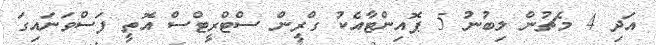
އަދި 4 މެޗުން ލިބުނު 5 ޕޮއިންޓާއެކު ގްރީން ސްޓްރީޓްސް އޮތީ ފަސްވަނައިގަ